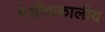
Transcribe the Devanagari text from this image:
पेशीककालीय